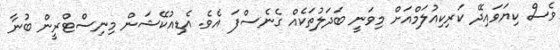
ވެސް ކިޔަވައިދޭ ކަރިކިއުލަމްއަށް މިވަނީ ބަދަލުތަކެއް ގެނެސްފަ އެވެ. އެޑިއުކޭޝަން މިނިސްޓްރީން ބުނާ